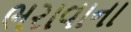
ભરાવાના